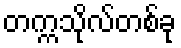
တက္ကသိုလ်တစ်ခု